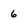
Character: 6